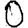
Digit: 0